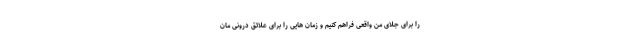
را برای جلای من واقعی فراهم کنیم و زمان هایی را برای علائق درونی مان